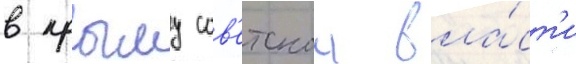
в крыму сов'етскои вла́ст'и